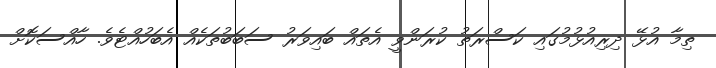
ތިމާ އުޅޭ ދިރިއުޅުމުގައި ކަސްރަތު ކުރަންވީ އެތައް ބައިވަރު ސަބަބުތަކެއް އެބަހުއްޓެވެ. ހާއްސަކޮށް